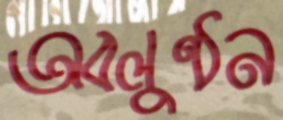
অবলুণ্ঠন